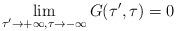
LaTeX: \begin{align*}\lim_{\tau' \rightarrow +\infty, \tau \rightarrow - \infty} G(\tau',\tau) = 0\end{align*}